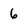
Character: 6